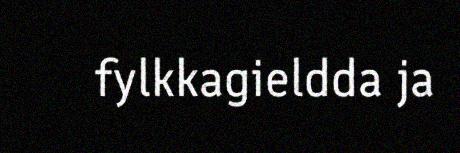
fylkkagieldda ja